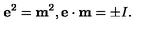
{ \bf e } ^ { 2 } = { \bf m } ^ { 2 } , { \bf e } \cdot { \bf m } = \pm I .